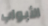
الأبواب